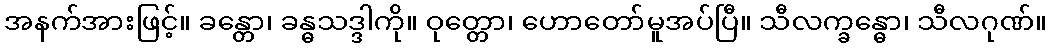
အနက်အားဖြင့်။ ခန္တော၊ ခန္ဓသဒ္ဒါကို။ ဝုတ္တော၊ ဟောတော်မူအပ်ပြီ။ သီလက္ခန္ဓော၊ သီလဂုဏ်။